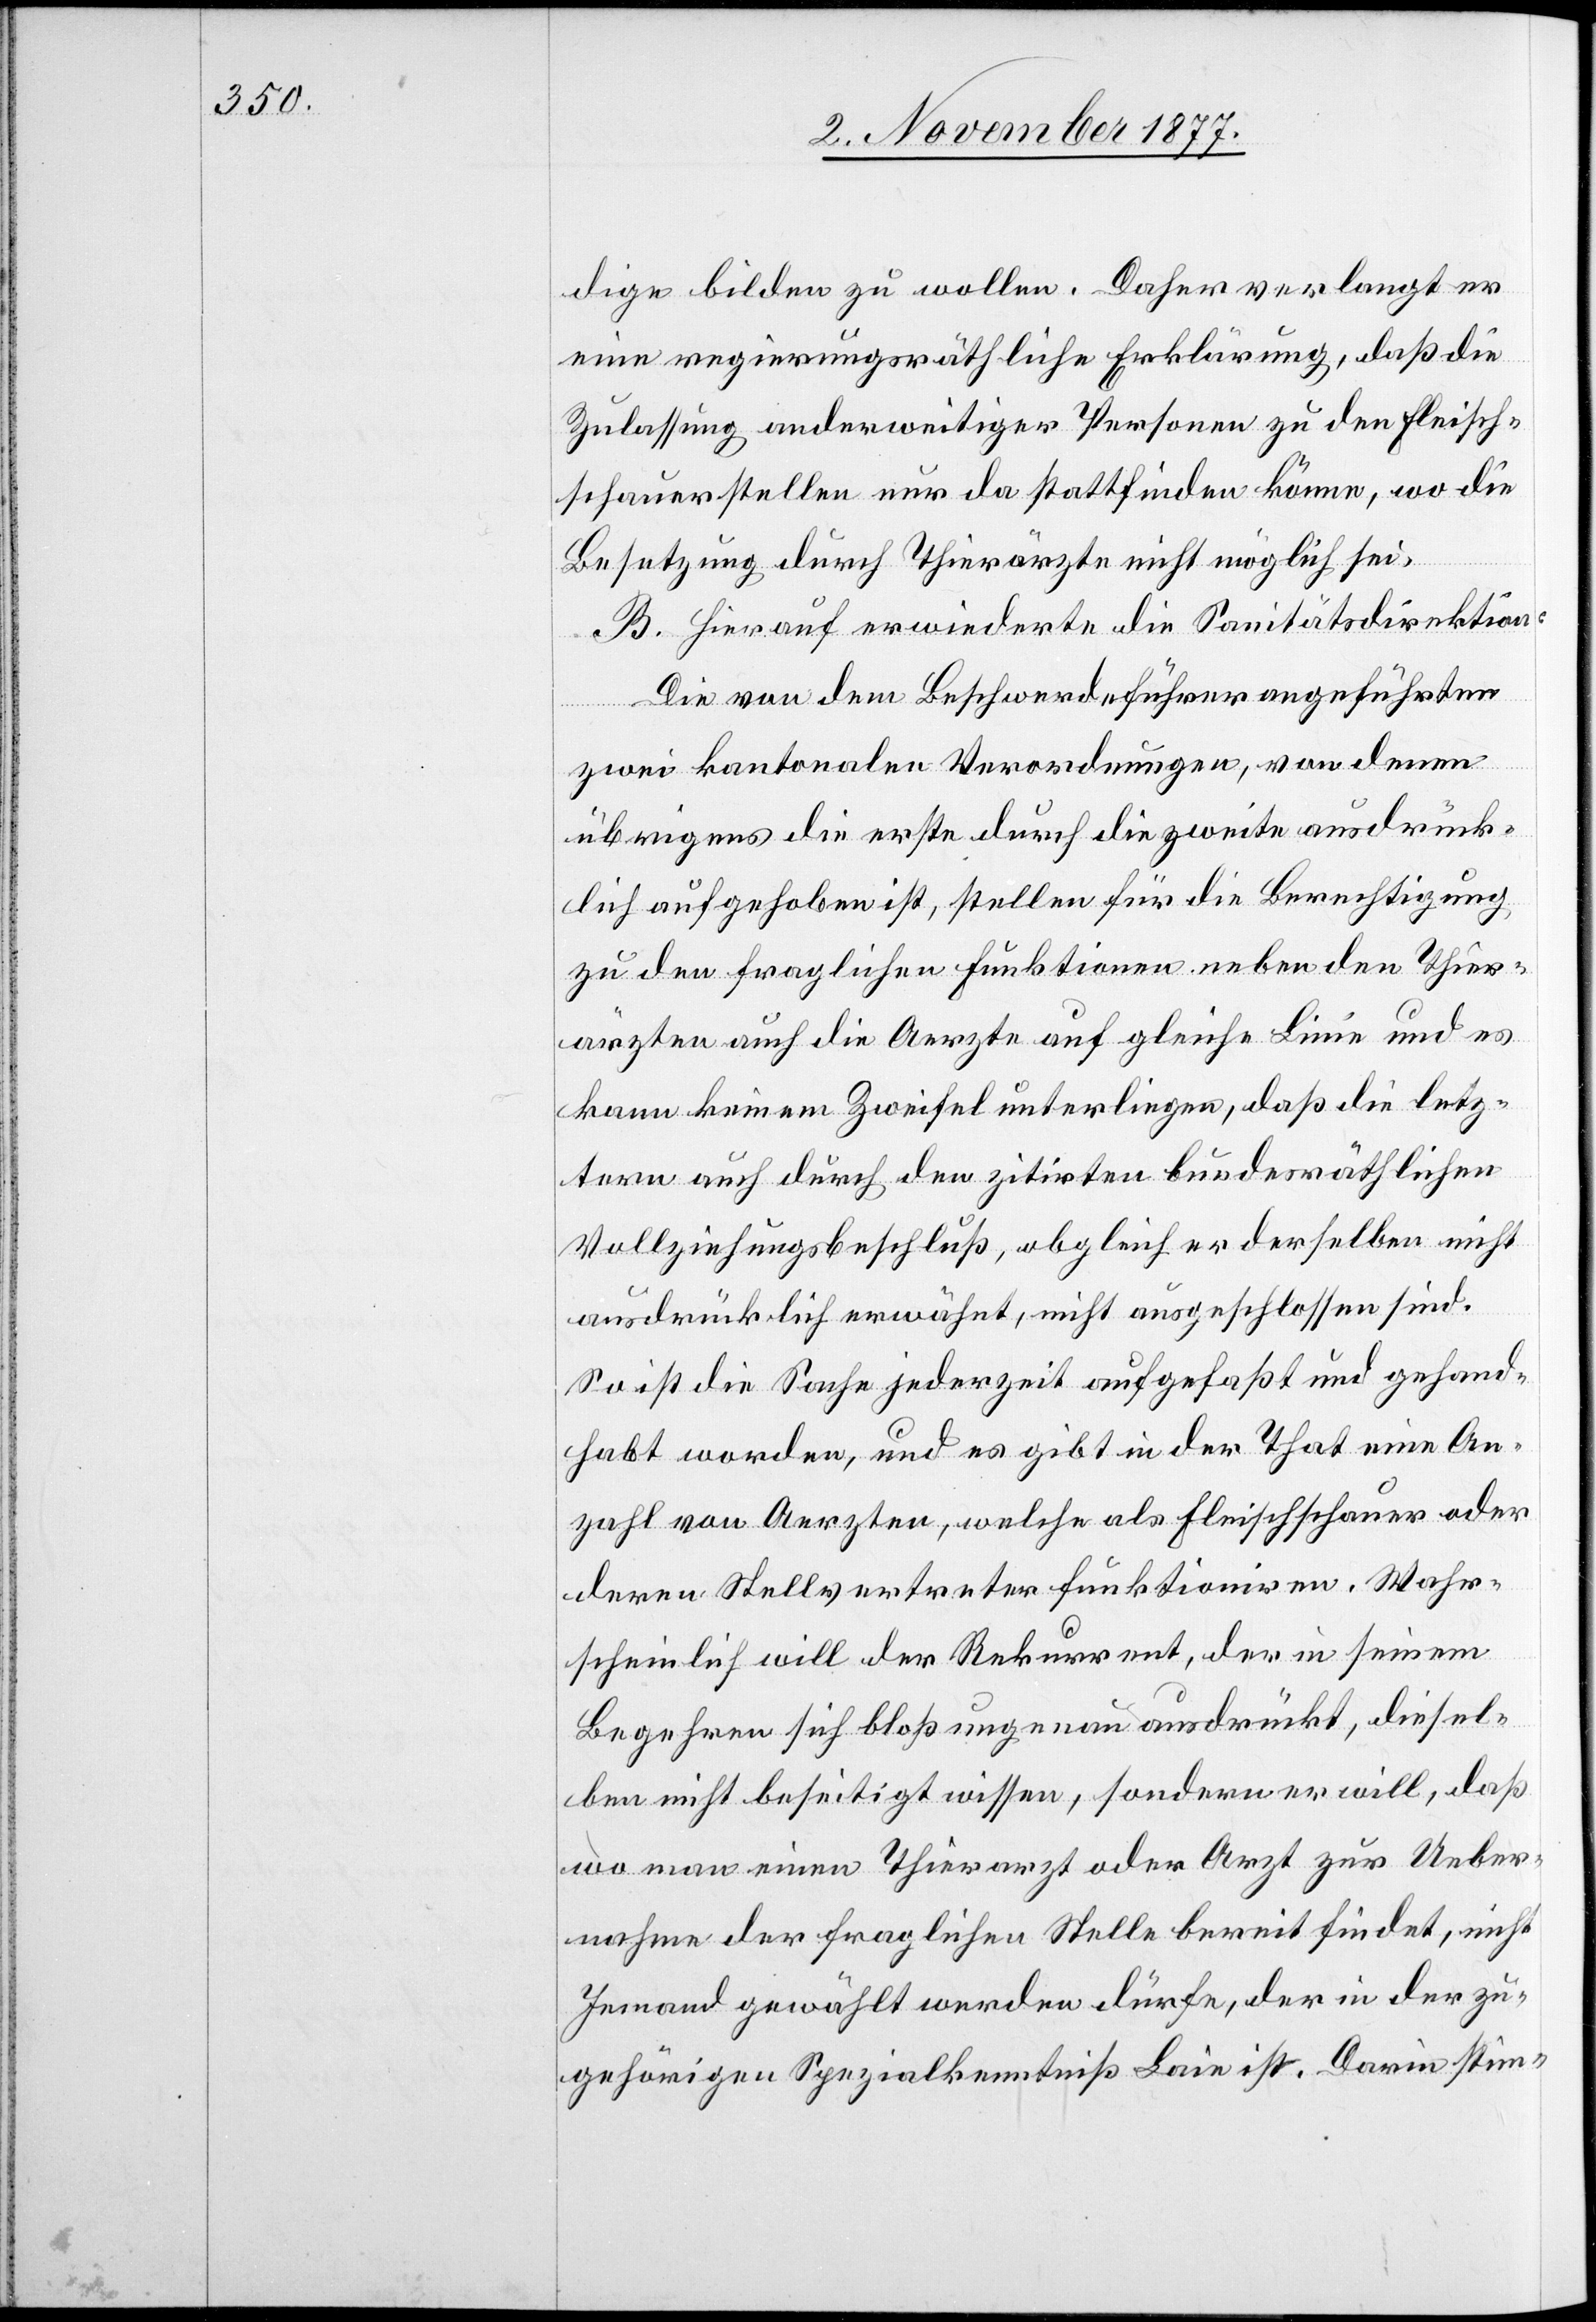
dige bilden zu wollen. Daher verlangt er
eine regierungsräthliche Erklärung, daß die
Zulassung anderweitiger Personen zu den Fleisch¬
schauerstellen nur da stattfinden könne, wo die
Besetzung durch Thierärzte nicht möglich sei.
B. Hierauf erwiederte die Sanitätsdirektion:
Die von dem Beschwerdeführer angeführten
zwei kantonalen Verordnungen, von denen
übrigens die erste durch die zweite ausdrück¬
lich aufgehoben ist, stellen für die Berechtigung
zu den fraglichen Funktionen neben den Thier¬
ärzten auch die Aerzte auf gleiche Linie und es
kann keinem Zweifel unterliegen, daß die letz¬
tern auch durch den zitirten bundesräthlichen
Vollziehungsbeschluß, obgleich er derselben nicht
ausdrücklich erwähnt, nicht ausgeschlossen sind.
So ist die Sache jederzeit aufgefaßt und gehand¬
habt worden, und es gibt in der That eine An¬
zahl von Aerzten, welche als Fleischschauer oder
deren Stellvertreter funktioniren. Wahr¬
scheinlich will der Rekurrent, der in seinem
Begehren sich bloß ungenau ausdrückt, diesel¬
ben nicht beseitigt wissen, sondern er will, daß
wo man einen Thierarzt oder Arzt zur Ueber¬
nahme der fraglichen Stelle bereit findet, nicht
Jemand gewählt werden dürfe, der in der zu¬
gehörigen Spezialkenntniß Laie ist. Darin stim-